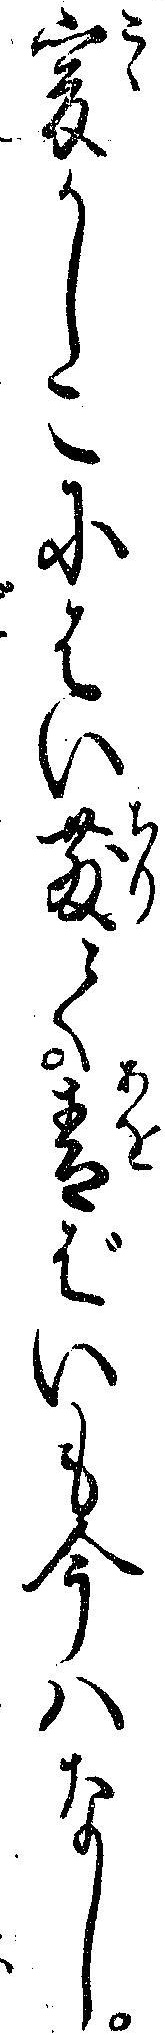
爰かしこにはい散て青ばいも今ハなし